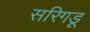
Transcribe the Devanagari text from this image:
सरिगडू